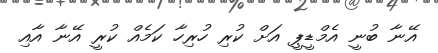
އޭނާ ބުނީ އެމްޑީޕީ އަށް ކުރި ހުރިހާ ކަމެއް ކުރީ އޭނާ އާއި